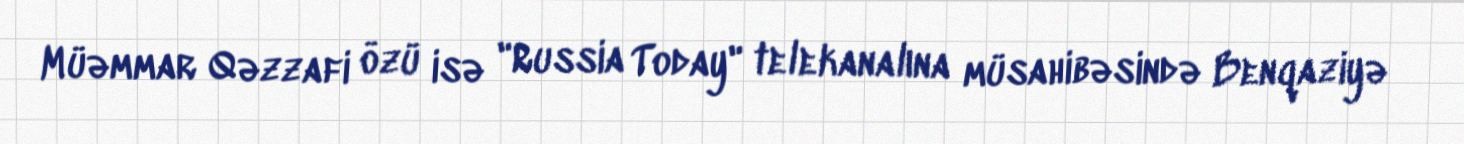
Müəmmar Qəzzafi özü isə "Russia Today" telekanalına müsahibəsində Benqaziyə